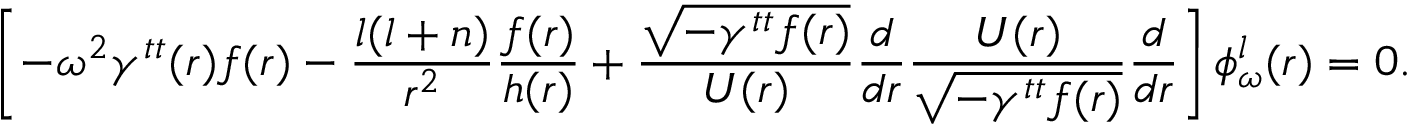
\left[ - \omega ^ { 2 } \gamma ^ { t t } ( r ) f ( r ) - { \frac { l ( l + n ) } { r ^ { 2 } } } { \frac { f ( r ) } { h ( r ) } } + { \frac { \sqrt { - \gamma ^ { t t } f ( r ) } } { U ( r ) } } { \frac { d } { d r } } { \frac { U ( r ) } { \sqrt { - \gamma ^ { t t } f ( r ) } } } { \frac { d } { d r } } \right] \phi _ { \omega } ^ { l } ( r ) = 0 .